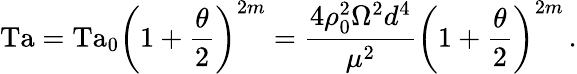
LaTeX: \mathrm{Ta}=\mathrm{Ta}_{0}\left(1+\frac{\theta}{2}\right)^{2m}=\frac{4\rho_{0}^{2}\Omega^{2}d^{4}}{\mu^{2}}\left(1+\frac{\theta}{2}\right)^{2m}\, .